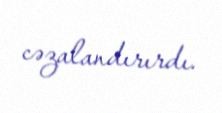
cəzalandırırdı.